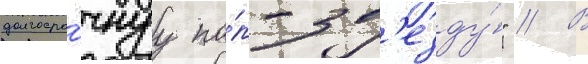
долгосро́чнуу по́п-зв'езду́" // В